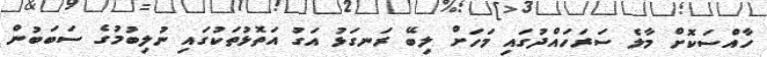
ހާއްސަކޮށް މާލެ ސަރަހައްދުގައި މަހަށް ލިބޭ ރަނގަޅު އަގު އަތޮޅުތަކުގައި ނުލިބުމުގެ ސަބަބުން